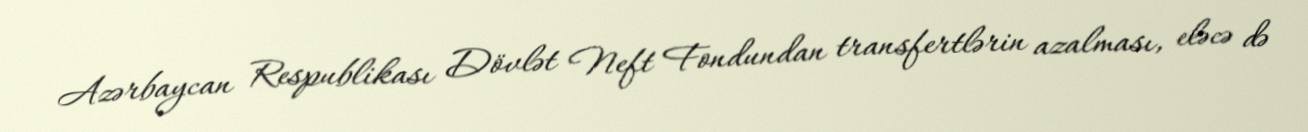
Azərbaycan Respublikası Dövlət Neft Fondundan transfertlərin azalması, eləcə də